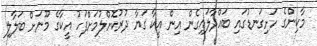
މާކިންގެ ހަށިގަނޑުގައި ބައްދާލައިގެން އިން އީކާ ގަޔާ ދުރުކޮށްލުމަށްފަހު އީކާގެ މޫނަށް ބަލާލި